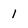
Character: 1